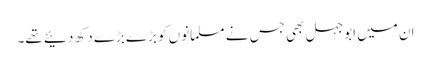
ان میں ابوجہل بھی جس نے مسلمانوں کو بڑے بڑے دکھ دئیے تھے۔